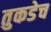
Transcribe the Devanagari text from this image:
तुकडेच